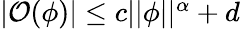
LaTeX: \begin{array}{r}{\vert\mathcal{O}(\phi)\vert\leq c\vert\vert\phi\vert\vert^{\alpha}+d}\end{array}